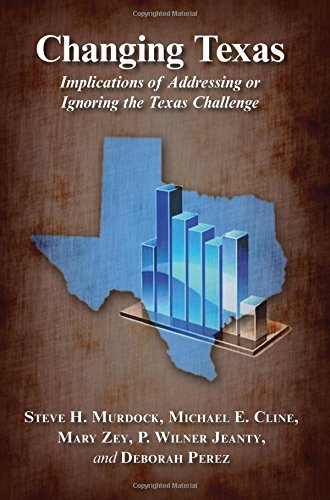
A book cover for Changing Texas: Implications of Addressing or Ignoring the Texas Challenge; Steve H. Murdock; Politics & Social Sciences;